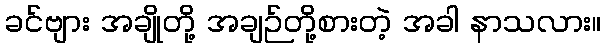
ခင်ဗျား အချိုတို့ အချဉ်တို့စားတဲ့ အခါ နာသလား။